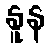
နူန